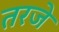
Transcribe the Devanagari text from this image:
तरजे